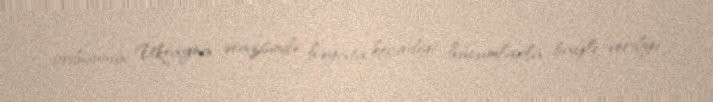
ordusunun Ukrayna ərazisində həyata keçirdiyi hücumlarla bağlı verdiyi